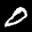
Label: 0